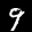
Label: 9